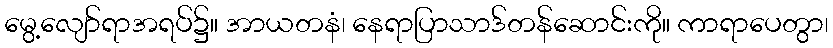
မွေ့လျော်ရာအရပ်၌။ အာယတနံ၊ နေရာပြာသာဒ်တန်ဆောင်းကို။ ကာရာပေတွာ၊